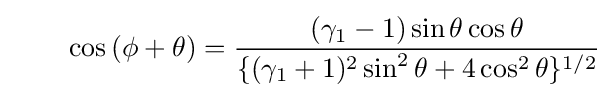
\quad \quad \cos {(\phi +\theta )}={\frac {(\gamma _{1}-1)\sin {\theta }\cos {\theta }}{\{(\gamma _{1}+1)^{2}\sin ^{2}\theta +4\cos ^{2}\theta \}^{1/2}}}